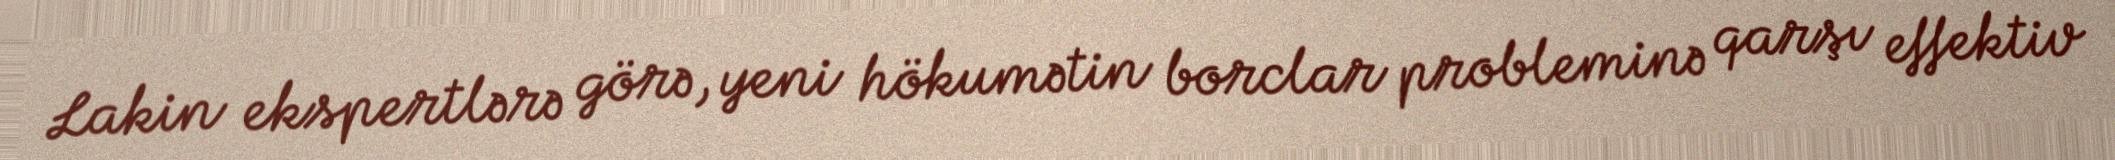
Lakin ekspertlərə görə, yeni hökumətin borclar probleminə qarşı effektiv